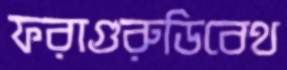
ফরাগুরুডিবেথ